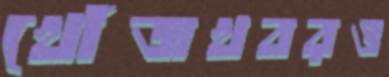
খোঁজখবরও